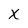
Character: x